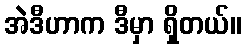
အဲဒီဟာက ဒီမှာ ရှိတယ်။